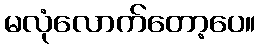
မလုံလောက်တော့ပေ။